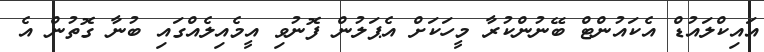
އައިކްލައުޑް އެކައުންޓް ބޭނުންކުރާ މީހަކަށް އެޕަލުން ފޮނުވި އީމެއިލެއްގައި ބުނާ ގޮތުން އެ